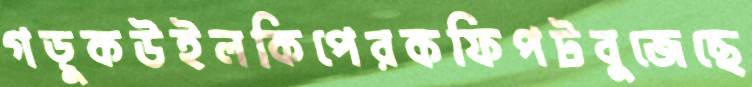
গড়ুকউইলকিপেরকফিপটবুজেছে